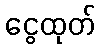
ငွေထုတ်